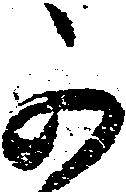
可